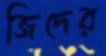
জিদের